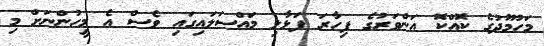
މަހުމޫދުގެ ކޮއްކޮ އަންވަރުގެ ފިހާރަ ފަޅާލި މައްސަލައިގައި ވެސް އެ މީހުންނަށް މި